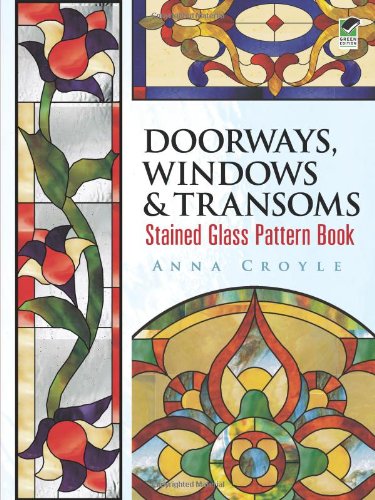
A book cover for Doorways, Windows & Transoms Stained Glass Pattern Book (Dover Stained Glass Instruction); Anna Croyle; Crafts, Hobbies & Home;